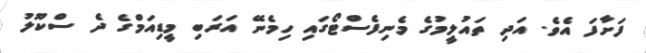
ފަށާފަ އެވެ. އަދި ތައުލީމުގެ މެނިފެސްޓޯގައި ހިމެނޭ އަރަބި މީޑިއަމްގެ ދެ ސްކޫލު